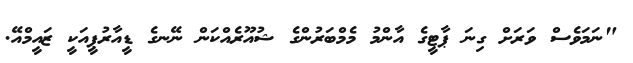
"ނަމަވެސް ވަރަށް ގިނަ ޕާޓީގެ އާންމު މެމްބަރުންގެ ޝުއޫރެއްކަން ނޭނގެ ޑީއާރުޕީއަކީ ޒައީމްއޭ.